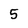
Character: 5